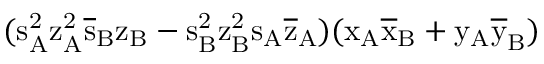
( \mathrm { s _ { A } ^ { 2 } \mathrm { z _ { A } ^ { 2 } \mathrm { \overline { { s } } _ { B } \mathrm { z _ { B } - \mathrm { s _ { B } ^ { 2 } \mathrm { z _ { B } ^ { 2 } \mathrm { s _ { A } \mathrm { \overline { { z } } _ { A } ) ( \mathrm { x _ { A } \mathrm { \overline { { x } } _ { B } + \mathrm { y _ { A } \mathrm { \overline { { y } } _ { B } ) } } } } } } } } } } } }